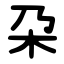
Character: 朶